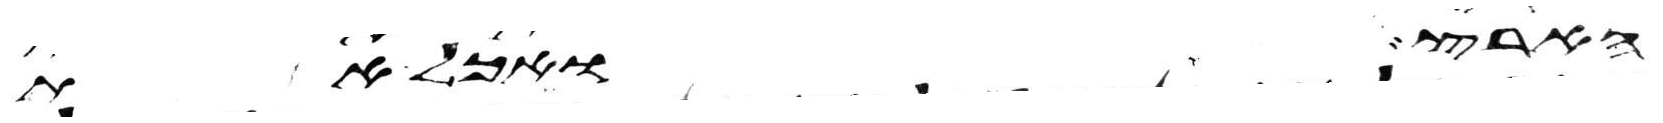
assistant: הארץ ואכל את